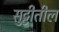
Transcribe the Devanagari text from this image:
सुट्टीतील